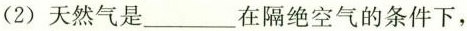
(2) 天然气是___在隔绝空气的条件下，